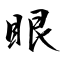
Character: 眼